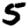
Digit: 5